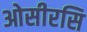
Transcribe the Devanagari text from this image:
ओसीरसि